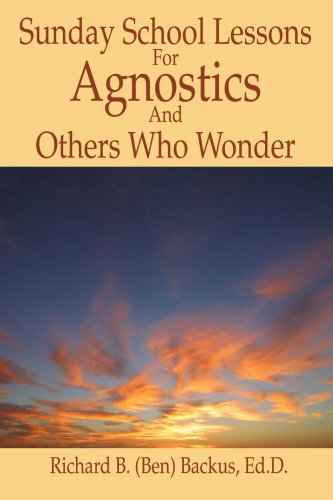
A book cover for Sunday School Lessons For Agnostics And Others Who Wonder; Richard Backus; Religion & Spirituality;